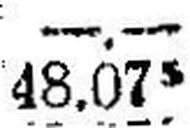
48.075